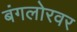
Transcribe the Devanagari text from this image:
बंगलोरवर